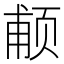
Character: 𱂩